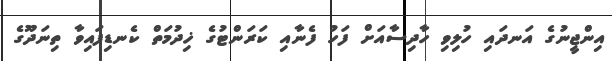
އިންޖީނުގެ އަނދައި ހުލިވި ހާދިސާއަށް ފަހު ފެނާއި ކަރަންޓުގެ ޚިދުމަތް ކެެނޑިފައިވާ ތިނަދޫގެ